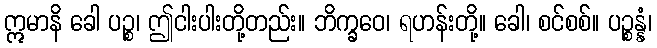
ဣမာနိ ခေါ ပဉ္စ၊ ဤငါးပါးတို့တည်း။ ဘိက္ခဝေ၊ ရဟန်းတို့။ ခေါ၊ စင်စစ်။ ပဉ္စန္နံ၊